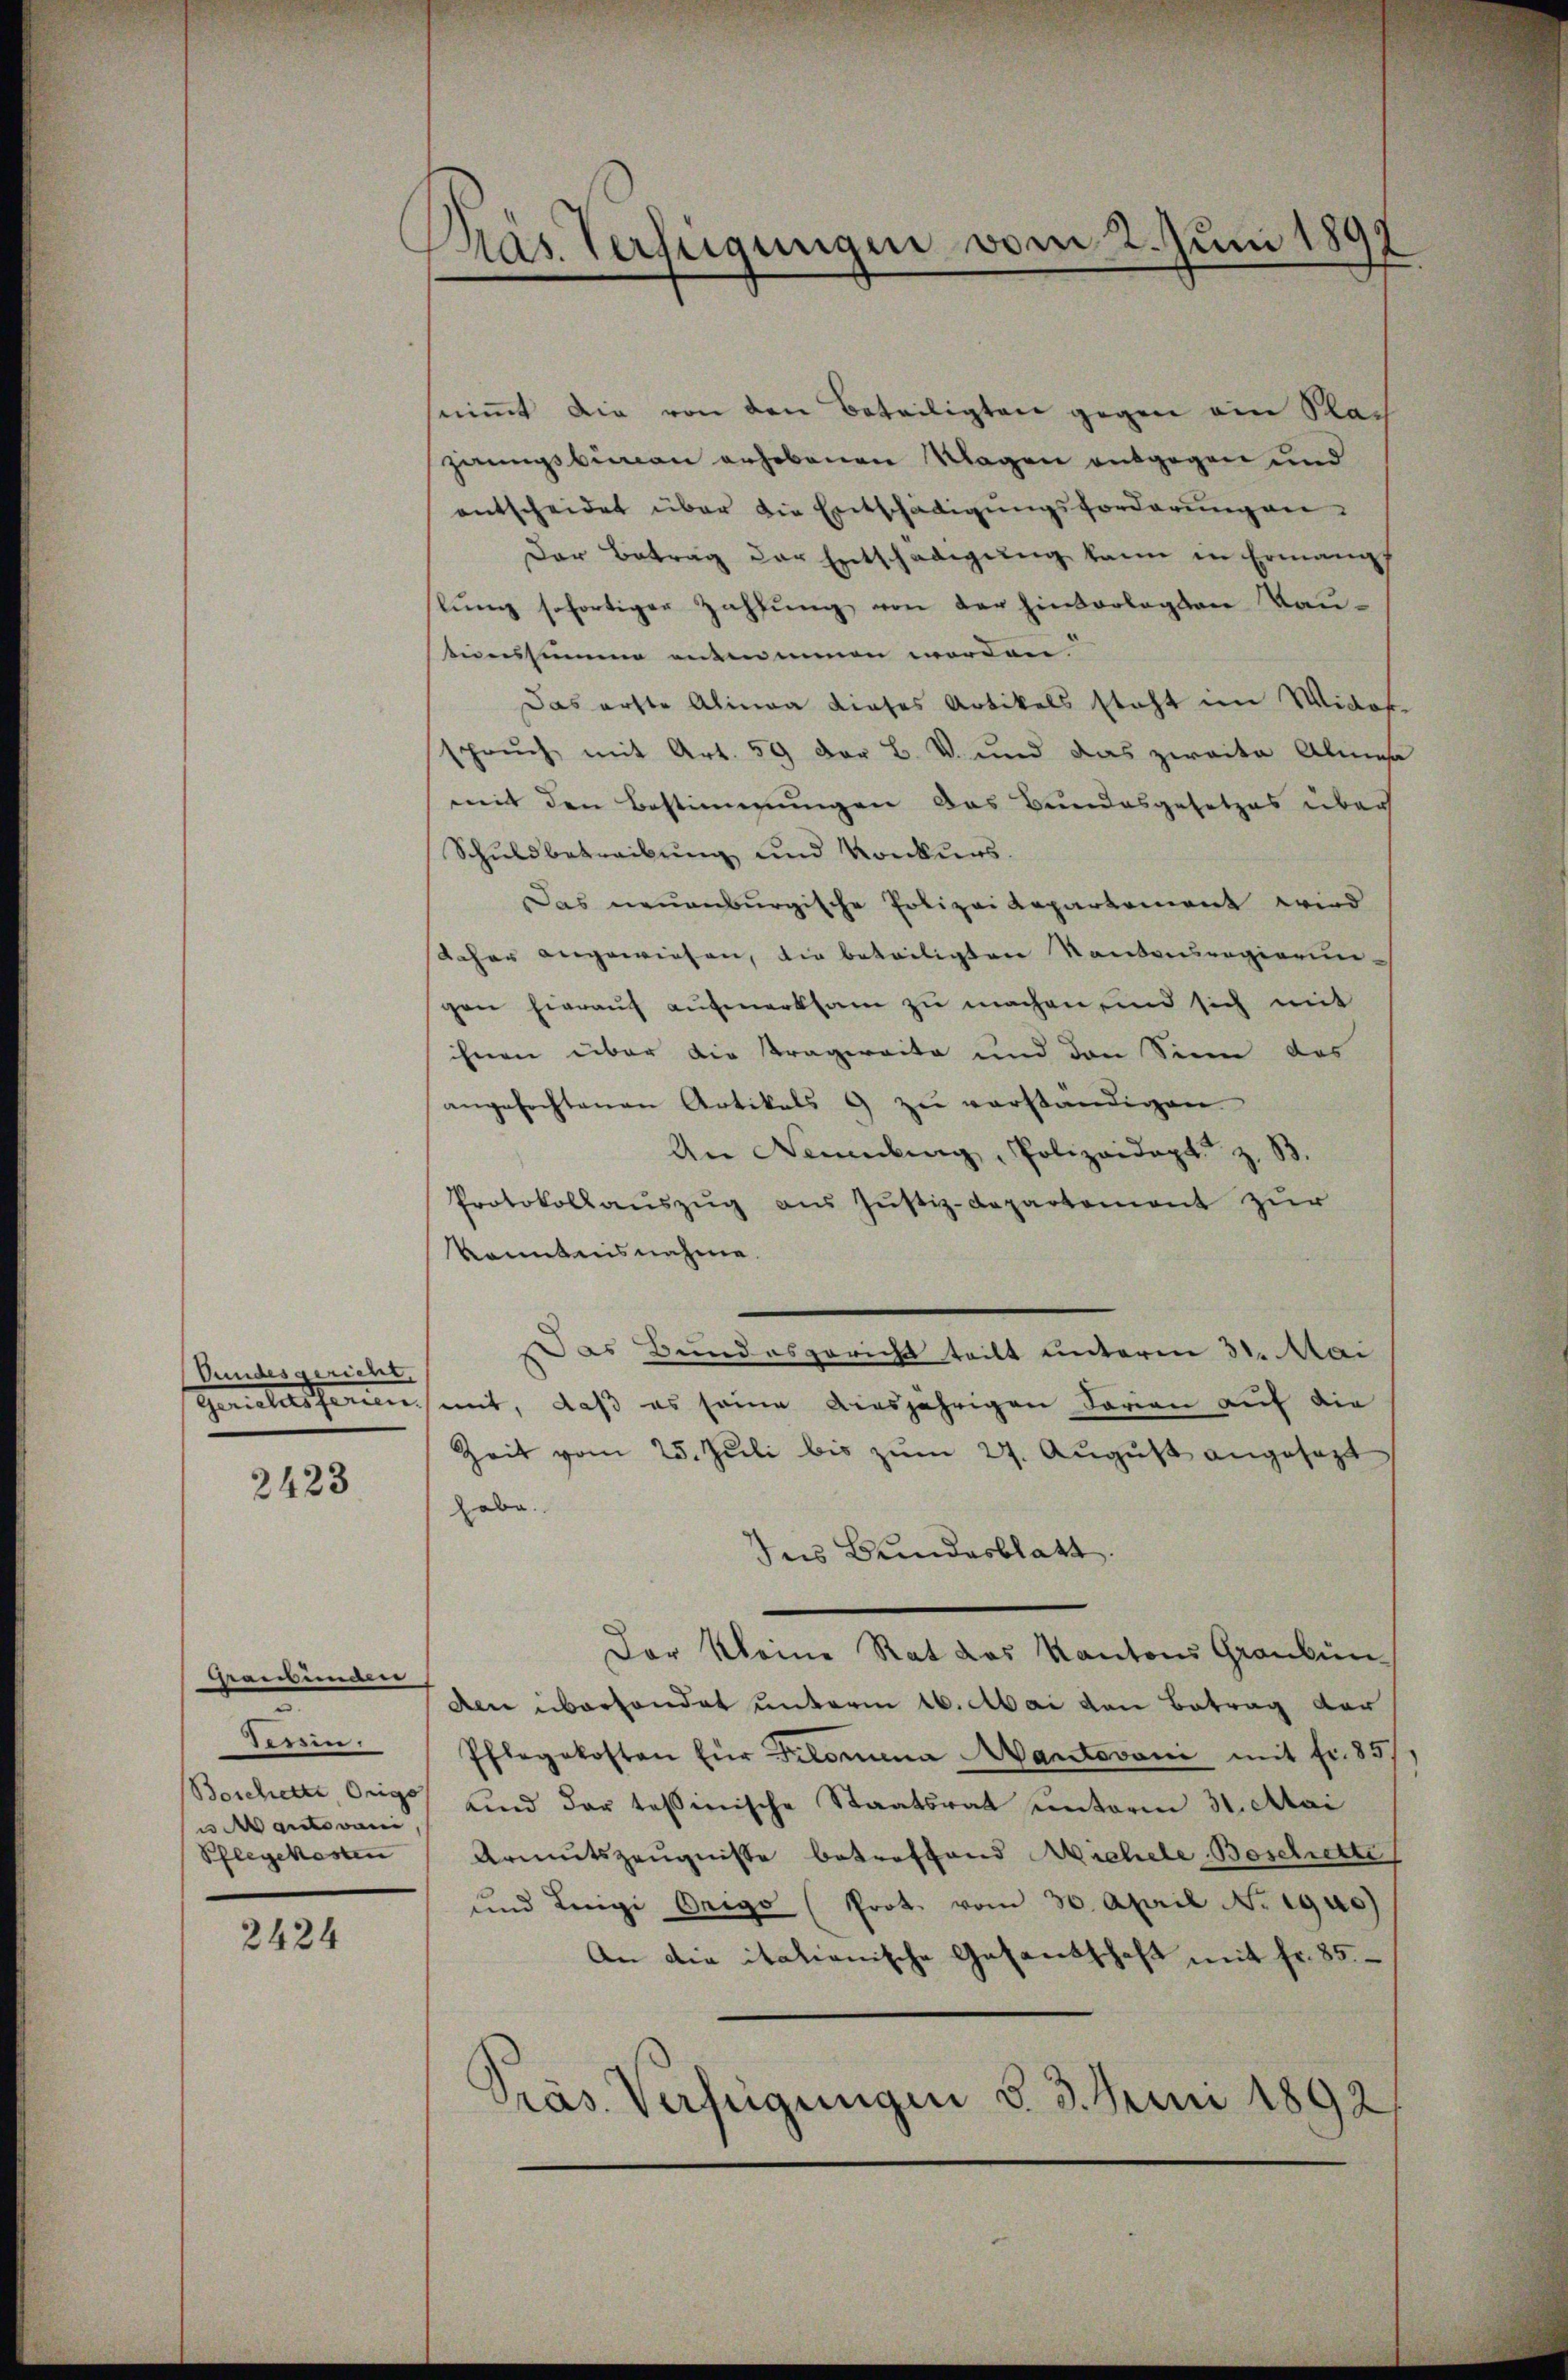
Bundesgericht,

2423

hraubünden,
diren.
uantovani,
Pflegekosten

2424

snimmt die von den Beteiligten gegen ein Sach
prungsbian erhebenen Klagen entgegen und
entscheidet über die Entschädigungsforderungen.
Der Betrag der Entschädigung kann in Ermang
lŭng sofortiger Zahlŭng von der hinterlegten Rautionssumme antinnen worden
Das erste Alinea dieses Artikels steht im Wider
spruch, mit Art. 59 der B. V. und das zweite Alme
mit den Bestimmungen das Bundesgesetzes über
Schuldbetreibung und Konkurs.
Das neuenburgische Polizei Repartement wird
daher angewiesen, die beteiligten Kontouregierun-
gen hierauf aufmerksam zu machen, und sich mit
ihnen über die Kragereite und den Sinn das
angefochtenen Artikels 9 zu verständigen
An Neuenburg, Polizeidigt z. S
Protokollaŭszŭg aus Justiz-Departement zur
konntnisnahme.
Das Bundesgericht teilt unterm 31. Mai
Gerichtsferien mit, daß es seine diesjährigen darien auf die
Zeit vom 25. Juli bis zum 27. August angesezt
habe.
Ins Brundesblatt.
Der Kleine Rat des Kantons Graubün¬
Aen überhandet unterm 16. Mai von Betrag der
Pflegekosten für Frlomina Wartovani mit fr. 85/
Bescherte Orig und dar tessinische Staatsrat unterm 31. Mai
Armutszeŭgnisse betreffend Michele Beschritte
und Leigi Origo (Prot. vom 30. April No 1900)
An die italienische Gesandschaft mit fr. 85.
Präs. Verfügungen d. 3. Juni 1892

Das Verfügungen vom 2. Juni 1892